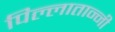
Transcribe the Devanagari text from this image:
पिल्लातान्नी